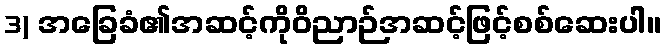
3) အခြေခံ၏အဆင့်ကိုဝိညာဉ်အဆင့်ဖြင့်စစ်ဆေးပါ။